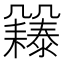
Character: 𠙲